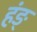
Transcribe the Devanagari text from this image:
हंङ्